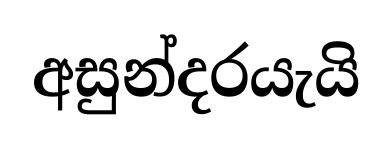
අසුන්දරයැයි